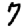
Digit: 7